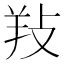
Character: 𢼝